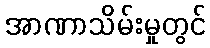
အာဏာသိမ်းမှုတွင်